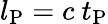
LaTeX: l_{\mathrm{P}}=c\ t_{\mathrm{P}}